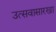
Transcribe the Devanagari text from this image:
उत्सवासारखा